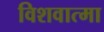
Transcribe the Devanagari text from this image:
विशवात्मा